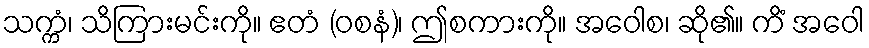
သက္ကံ၊ သိကြားမင်းကို။ ဧတံ (ဝစနံ)၊ ဤစကားကို။ အဝေါစ၊ ဆို၏။ ကိံ အဝေါ